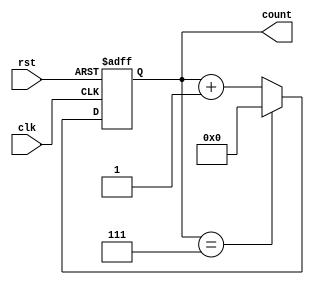
module Modulus_Counter (
    input wire clk,
    input wire rst,
    output reg [3:0] count
);

parameter MODULUS = 8; // Specified modulo range

always @(posedge clk or posedge rst) begin
    if (rst) begin
        count <= 4'b0000; // Reset back to zero
    end else begin
        if (count == MODULUS - 1) begin
            count <= 4'b0000; // Reset back to zero when it reaches the modulus value
        end else begin
            count <= count + 1; // Increment the counter value
        end
    end
end

endmodule